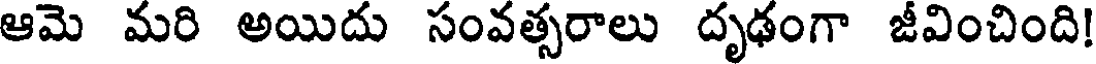
ఆమె మరి అయిదు సంవత్సరాలు దృఢంగా జీవించింది!